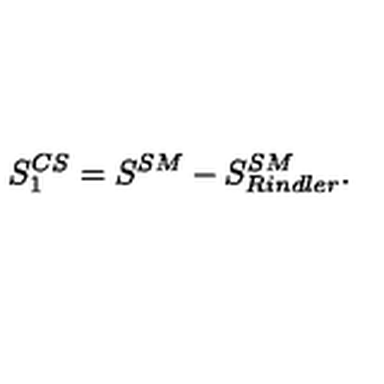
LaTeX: S _ { 1 } ^ { C S } = S ^ { S M } - S _ { R i n d l e r } ^ { S M } .